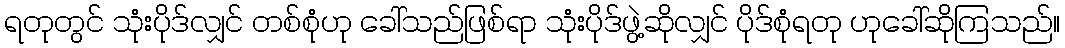
ရတုတွင် သုံးပိုဒ်လျှင် တစ်စုံဟု ခေါ်သည်ဖြစ်ရာ သုံးပိုဒ်ဖွဲ့ဆိုလျှင် ပိုဒ်စုံရတု ဟုခေါ်ဆိုကြသည်။